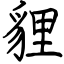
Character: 貍